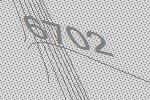
6702